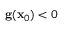
\mathbf { g } ( \mathbf { x } _ { 0 } ) < 0